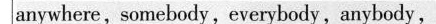
anywhere,somebody,everybody,anybody,